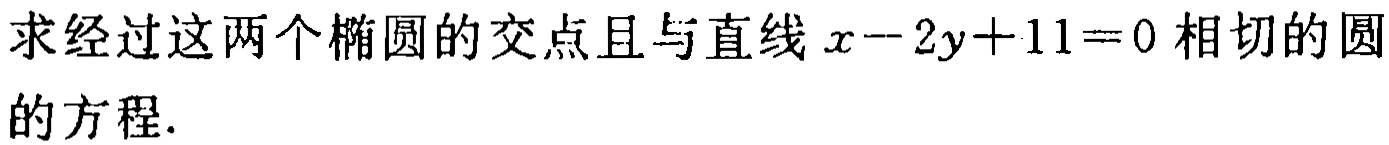
求经过这两个椭圆的交点且与直线 \(x - 2y + 11 = 0\) 相切的圆的方程.